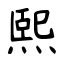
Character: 熙